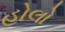
હોલો